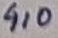
Text: 1N4148